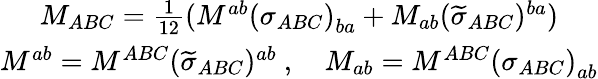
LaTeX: \begin{array}{c}{{M_{ABC}=\frac 1{12}(M^{ab}\left(\sigma_{ABC}\right)_{ba}+M_{ab}(\widetilde{\sigma}_{ABC})^{ba})}}\\ {{M^{ab}=M^{ABC}(\widetilde{\sigma}_{ABC})^{ab}\ ,\quad M_{ab}=M^{ABC}\left(\sigma_{ABC}\right)_{ab}}}\end{array}